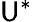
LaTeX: \mathsf{U}^{*}